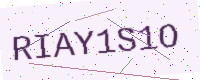
Text: RIAY1S1O